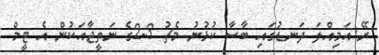
ރޭ އަމިއްލަ ދަނޑުގައި ބާސާ ކުޅުނު މެޗު 3-2ގެ ނަތީޖާއަކުން އެ ޓީމް